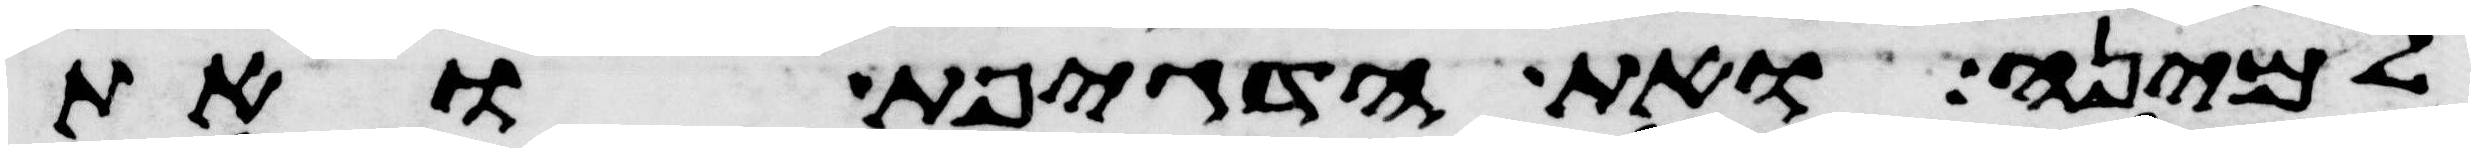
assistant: למינה ואת הדגיפת ואת